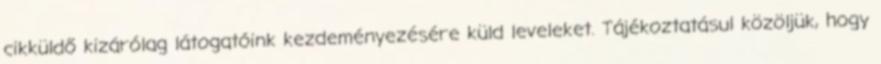
cikküldő kizárólag látogatóink kezdeményezésére küld leveleket. Tájékoztatásul közöljük, hogy